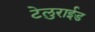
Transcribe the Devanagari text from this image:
टेलुराईड